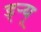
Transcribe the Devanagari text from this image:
ड्‌ऱ्यू